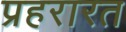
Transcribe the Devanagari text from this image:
प्रहरारत